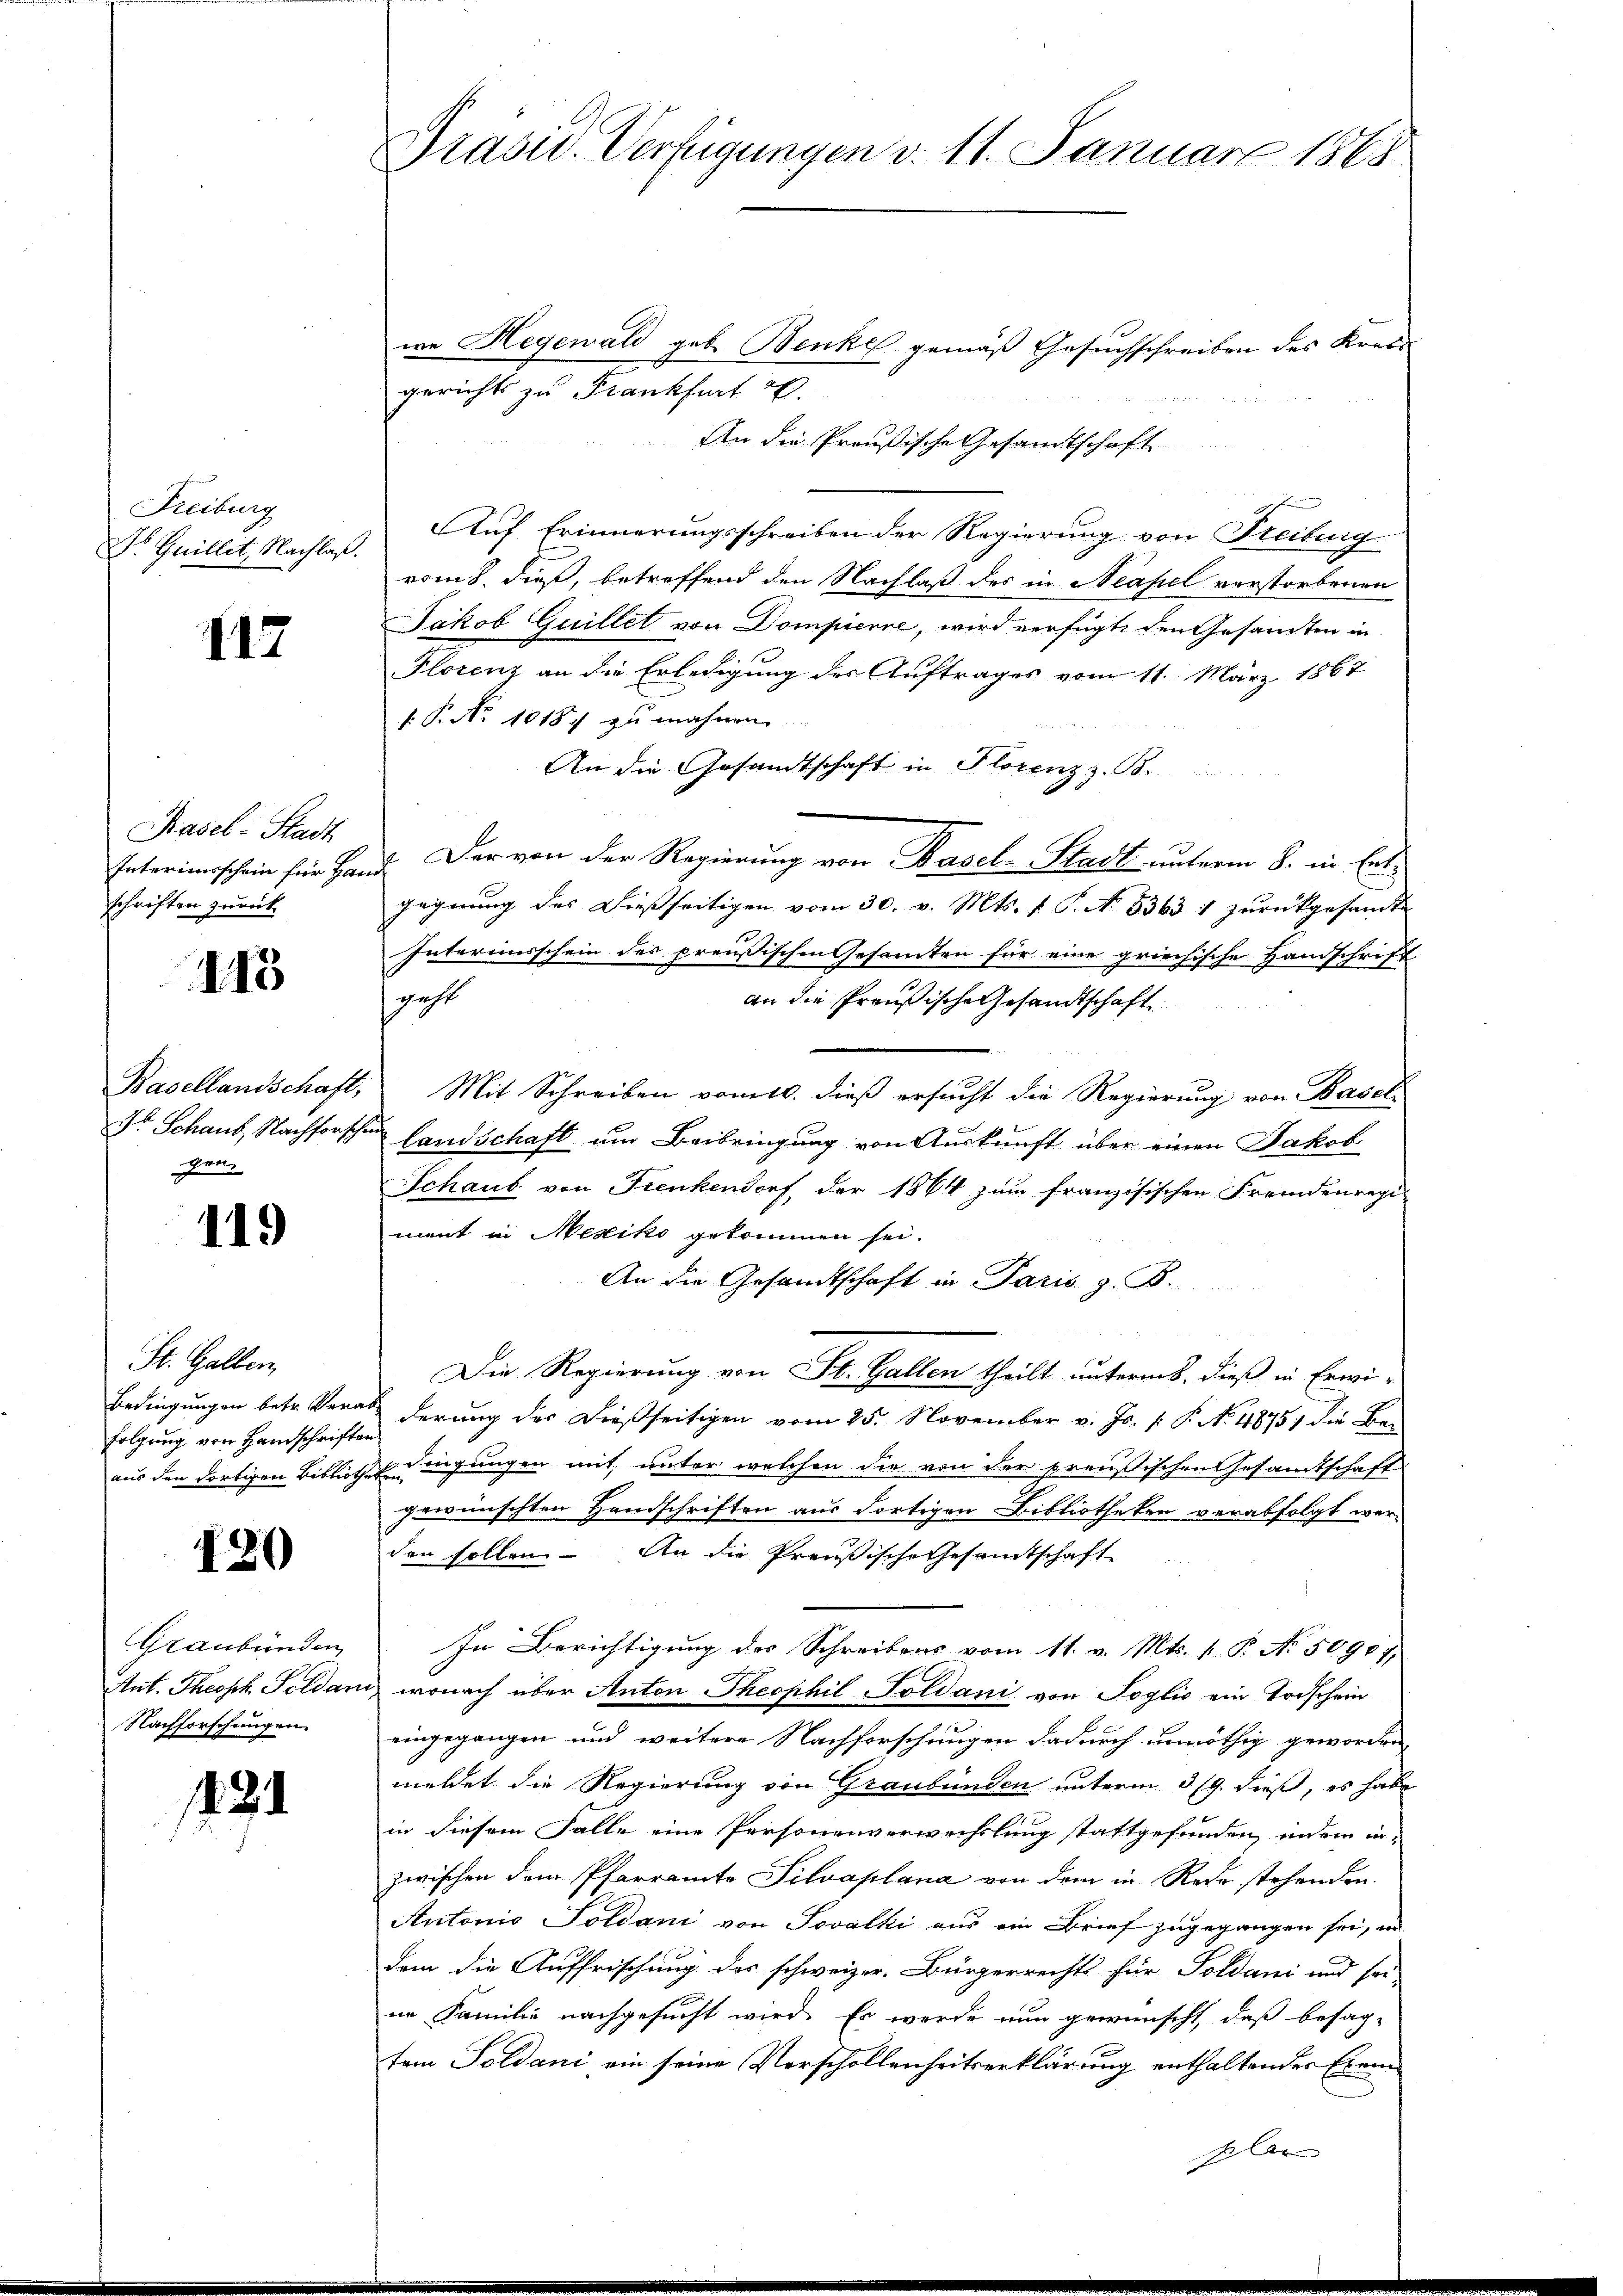
Freiburg
Dr. Guillit, Nachlaß.

117

Piasel-Stadt
schriften zurück

115

Dr Schaus, Nachforschun
gen.

119

St. Gallen,
folgung von Handschriften

180

Nachforschungen

14. 21

we Hegewald geb. Benke gemäß Gesuchschreiben des Krass
2
gerichts zu Frankfurt E.
An die Preußische Gesandtschaft
Auf Erinnerungsschreiben der Regierung von Freiburg
vom 8. dieß, betreffend den Nachlaß des in Neapel vorstorbenen
Jakob Guillet von Dompierne, wird verfügte den Gesamten in
Florenz an die Erledigung der Auftrages vom 11. März 1867
1. P. No 10187 zu mahnen
An die Gesandtschaft in Florenz z. B.
Interimsschein für Hand. Der von der Regierung von Basel-Stadt unterm 8. in Entgegnung des Dießseitigen vom 30. v. Mts. f. P. N. 5363. 1 zurückgesandte
Interimsschein des preußischen Gesamten für eine griechische Handschrift
geht
an die Preußische Gesandtschaft
Basellandschaft, Mit Schreiben vom 10. dieß ersucht die Regierung von Basellandschaft um Beibringung von Auskunft über einen Jakob
Schaub von Frenkendorf, der 1864 zum französischen Fremdenrepi-
ment in Mesiko gekommen sei.
An die Gesandtschaft in Paris z. B.
Die Regierung von St. Gallen theilt unterm 8. dieß in Erwi-
Bedingungen betr. Verab derung des Dießseitigen vom 25. November v. Js. v. P. No. 48751 die Be-
aus den dortigen Bibliothek eingungen mit, unter welchen die von der preußischen Gesamtschaft
gewünschten Handschriften aus dortigen Bibliotheken verabfolgt werden sollen. An die Preußische Gesandtschaft
Graubünden In Berichtigŭng des Schreibens vom 11. v. Mts. 1. P. Nr. 50907,
Ant. Theoph Feldan, wonach über Anton Theophil Soldani von Soglio ein Todschein
eingegangen und weitere Nachforschungen dadurch unnöthig geworden,
meldet die Regierung von Graubünden unterm 319. dieß, es habe
in diesem Falle eine Personenverwechslung stattgefunden, indem in-
zwischen dem Pfarramte Silvaplana von dem in Rede stehenden.
Antonio Soldani von Soválki aus ein Brief zugegangen sei, in
dem die Auffrischung des schweizer. Bürgerrechts für Soldani und sei
ne Familie nachgesucht wird. Es werde nun gewünscht, daß besagsein Soldani, ein seine Verschollenheitserklärung enthaltender Exem¬

Präsid. Verfügungen v. 11. Januar 1868.